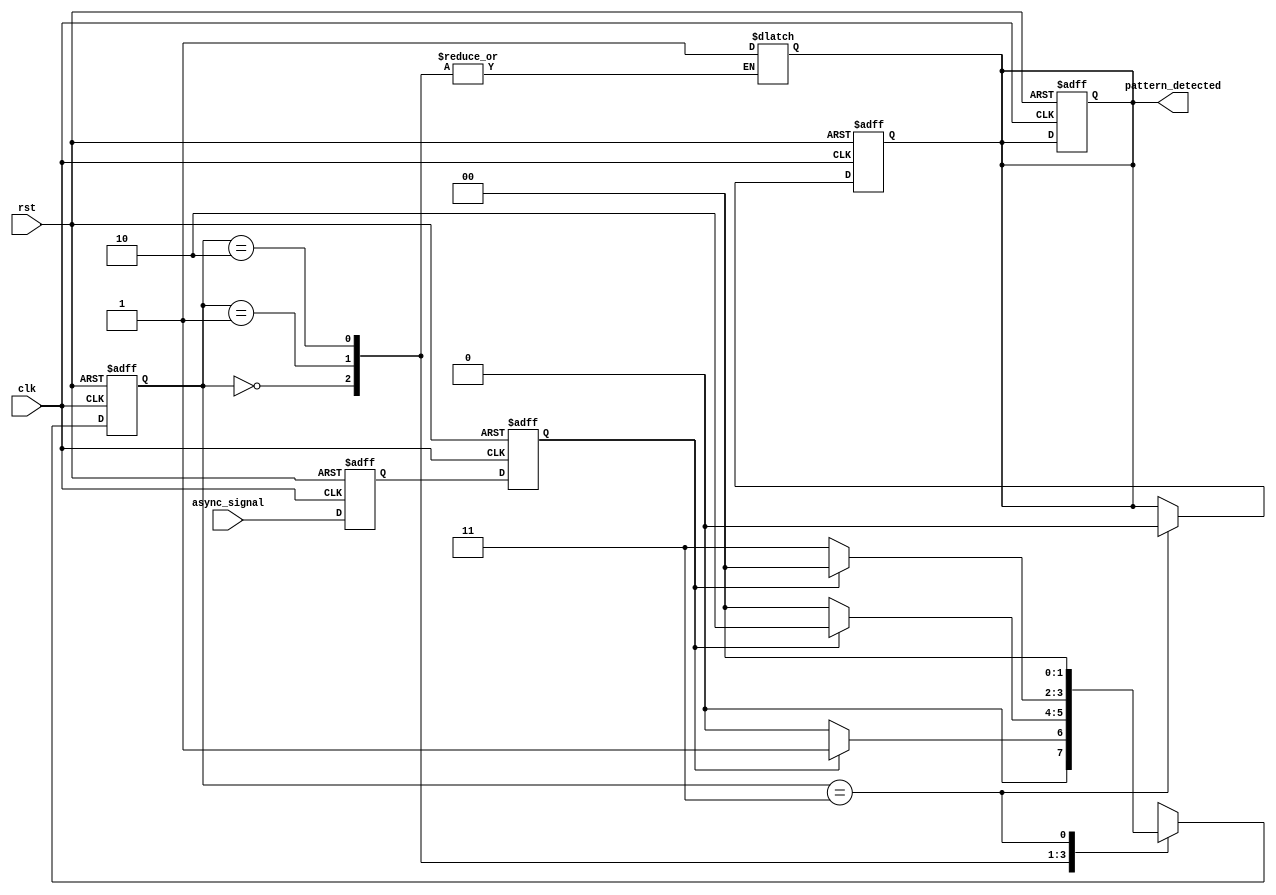
module dual_ff_detector (
    input wire clk,            // Clock signal
    input wire rst,            // Asynchronous reset
    input wire async_signal,    // Asynchronous input signal
    output reg pattern_detected // Output signal indicating pattern detection
);

    // Internal signals for flip-flops
    reg ff1, ff2;               // Dual flip-flops
    reg [1:0] state;            // Current state register
    reg [1:0] next_state;       // Next state register

    // Parameter for pattern detection
    parameter PATTERN = 2'b11;  // Example pattern to detect (can be modified)

    // Flip-Flops for synchronization
    always @(posedge clk or posedge rst) begin
        if (rst) begin
            ff1 <= 1'b0;
            ff2 <= 1'b0;
        end else begin
            ff1 <= async_signal;  // Sample input signal
            ff2 <= ff1;           // Synchronize with the clock
        end
    end

    // State machine for pattern detection
    always @(posedge clk or posedge rst) begin
        if (rst) begin
            state <= 2'b00;        // Reset state
            pattern_detected <= 1'b0; // Reset output
        end else begin
            state <= next_state;    // Update current state
        end
    end

    // Next state logic for pattern detection
    always @(*) begin
        case (state)
            2'b00: next_state = (ff2 == 1'b1) ? 2'b01 : 2'b00;
            2'b01: next_state = (ff2 == 1'b1) ? 2'b10 : 2'b00;
            2'b10: next_state = (ff2 == 1'b0) ? PATTERN : 2'b00;
            PATTERN: begin
                pattern_detected = 1'b1; // Pattern detected
                next_state = 2'b00;       // Reset state
            end
            default: next_state = 2'b00; // Default case
        endcase 
    end

    // Reset pattern_detected after the detection
    always @(posedge clk or posedge rst) begin
        if (rst) begin
            pattern_detected <= 1'b0; // Reset detection output
        end else if (state == PATTERN) begin
            pattern_detected <= 1'b0; // Reset after detection
        end
    end

endmodule